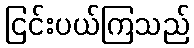
ငြင်းပယ်ကြသည်